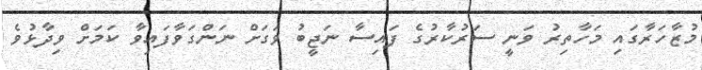
މުޒާހަރާގައި މަހާތިރު ވަނީ ސަރުކާރުގެ ފައިސާ ނަޖީބު ވަގަށް ނަންގަވާފައިވާ ކަމަށް ވިދާޅުވެ